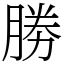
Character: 勝